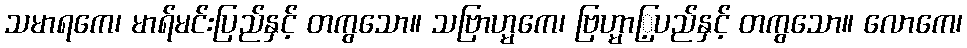
သမာရကေ၊ မာရ်မင်းပြည်နှင့် တကွသော။ သဗြာဟ္မကေ၊ ဗြဟ္မာြ့ပည်နှင့် တကွသော။ လောကေ၊